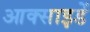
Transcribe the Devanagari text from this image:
आक्साइडें